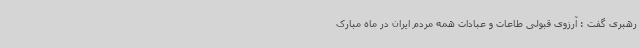
رهبری گفت : آرزوی قبولی طاعات و عبادات همه مردم ایران در ماه مبارک